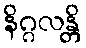
နိဂ္ဂလန္တိ